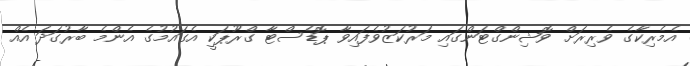
އެމެރިކާގެ ވެރިރަށް ވޮޝިންގްޓަންގައި މަރުކަޒުވެފައިވާ ޕޮޑެސްޓާ ގްރޫޕަކީ އެގައުމުގެ އެންމެ ބާރުގަދަ އެއް